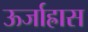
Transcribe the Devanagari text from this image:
ऊर्जाह्रास